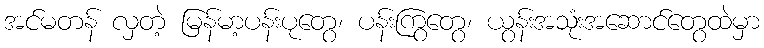
အင်မတန် လှတဲ့ မြန်မာ့ပန်းပုတွေ၊ ပန်းကြွတွေ၊ ယွန်းအသုံးအဆောင်တွေထဲမှာ